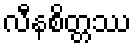
လီနစိတ္တဿ